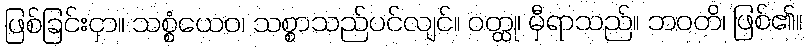
ဖြစ်ခြင်းငှာ။ သစ္စံယေဝ၊ သစ္စာသည်ပင်လျင်။ ဝတ္ထု၊ မှီရာသည်။ ဘဝတိ၊ ဖြစ်၏။